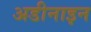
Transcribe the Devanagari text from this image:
अडीनाइन